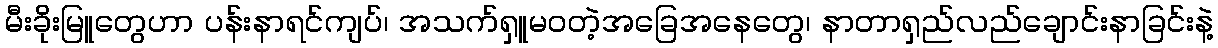
မီးခိုးမြူတွေဟာ ပန်းနာရင်ကျပ်၊ အသက်ရှူမဝတဲ့အခြေအနေတွေ၊ နာတာရှည်လည်ချောင်းနာခြင်းနဲ့